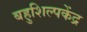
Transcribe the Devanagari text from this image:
बहुशिल्पकेंद्र